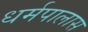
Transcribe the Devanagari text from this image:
धर्मपालास